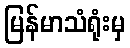
မြန်မာသံရုံးမှ